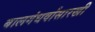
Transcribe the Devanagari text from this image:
बालगंधर्वांसारखी